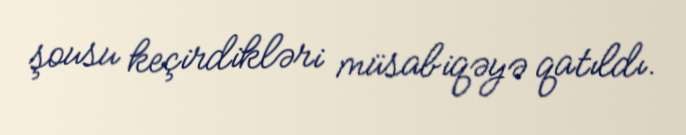
şousu keçirdikləri müsabiqəyə qatıldı.